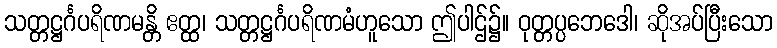
သတ္တဋ္ဌင်္ဂပရိဏမန္တိ ဧတ္ထ၊ သတ္တဋ္ဌင်္ဂပရိဏမံဟူသော ဤပါဌ်၌။ ဝုတ္တပ္ပဘေဒေါ၊ ဆိုအပ်ပြီးသော